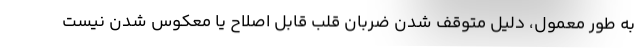
به طور معمول، دلیل متوقف شدن ضربان قلب قابل اصلاح یا معکوس شدن نیست